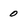
Character: 0